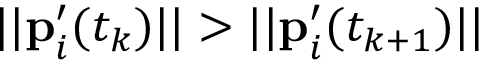
| | \mathbf { p } _ { i } ^ { \prime } ( t _ { k } ) | | > | | \mathbf { p } _ { i } ^ { \prime } ( t _ { k + 1 } ) | |